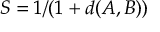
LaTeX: S = 1 / ( 1 + d ( A , B ) )